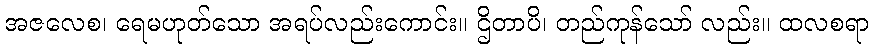
အဇလေစ၊ ရေမဟုတ်သော အရပ်လည်းကောင်း။ ဌိတာပိ၊ တည်ကုန်သော် လည်း။ ထလစရာ